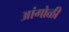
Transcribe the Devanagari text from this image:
आंगोळी